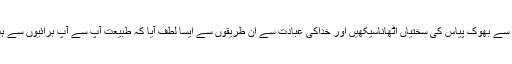
روزوں سے بھوک پیاس کی سختیاں اُٹھاناسیکھیں اور خداکی عبادت سے ان طریقوں سے ایسا لطف آیا کہ طبیعت آپ سے آپ برائیوں سے ہٹ گئی۔